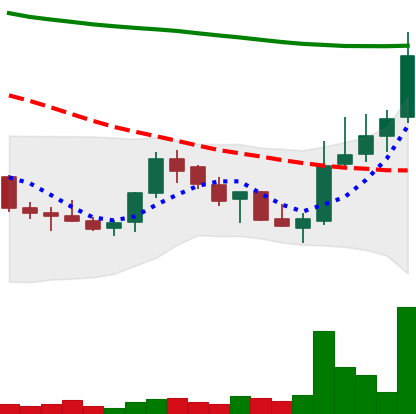
Ticker: LINK-USD
Chart end date: 2018-07-29
Forward return: -13.366%
Label: down_7plus